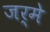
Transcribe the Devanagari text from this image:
जर्मे